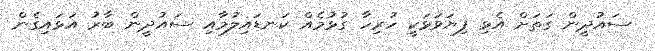
ސައުދީން ގަތަށް އެޅި ފިޔަވަޅަކީ ހުރިހާ ގުޅުމެއް ކަނޑައިލުމާއި ސައުދީން ބާރު އަޅައިގެން